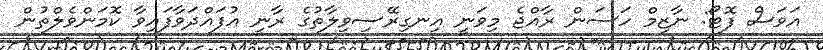
އަވަސް ފޮޓޯ: ނާޒިމް ހަސަން ރާއްޖެ މިވަނީ އިނގިރޭސިވިލާތުގެ ރާނީ އުފައްދަވާފައިވާ ކޮމަންވެލްތުން